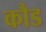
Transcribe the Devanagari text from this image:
कौड